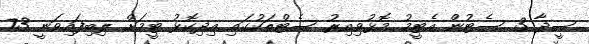
ސީދާ 3 ސެޓުން އެޓީމު މޮޅުވިއިރު ސެޓްތަކުގައި އިދިކޮޅު ޓީމަށް ލިބިފައިވަނީ 73